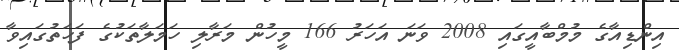
އިންޑިއާގެ މުމްބާއީގައި 2008 ވަނަ އަހަރު 166 މީހުން މަރާލި ހަމަލާތަކުގެ ފަހަތުގައިވާ